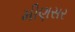
મીણસર